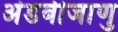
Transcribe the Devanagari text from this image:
अंडबीजाणु